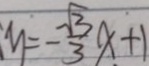
: y = - \frac { \sqrt { 3 } } { 3 } x + 1